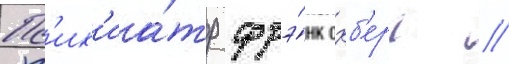
Пс'их'иа́тр фрэ́нк охб'ерг /